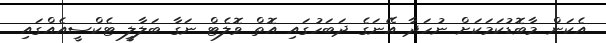
އެކަން މާބޮޑުކަމަކަށް ނުހަދާ އޭނަގެ ދަބަހުގައި އޮތް ވޮލެޓް ނަގާ ބަލާލީ ޓެކްސީއެއްގައި